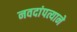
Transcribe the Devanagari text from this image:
नवदांपत्याने